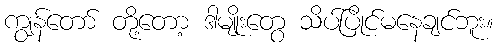
ကျွန်တော် တို့တော့ ဒါမျိုးတွေ သိပ်ပြိုင်မနေချင်ဘူး။